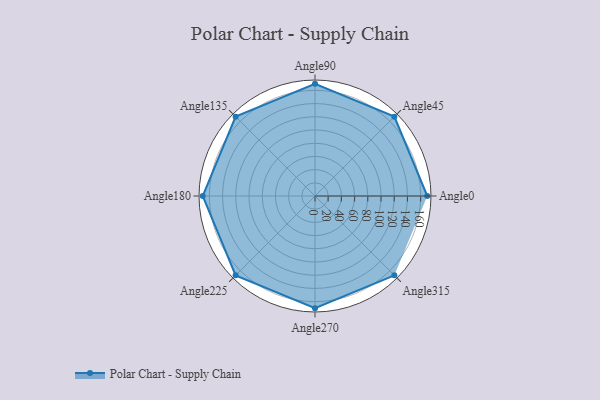
{"axis": {"x": "Angle", "y": "Radius"}, "legend": [""], "data": [{"x": "Angle0", "y": 170, "type": ""}, {"x": "Angle45", "y": 170, "type": ""}, {"x": "Angle90", "y": 170, "type": ""}, {"x": "Angle135", "y": 170, "type": ""}, {"x": "Angle180", "y": 170, "type": ""}, {"x": "Angle225", "y": 170.0, "type": ""}, {"x": "Angle270", "y": 170, "type": ""}, {"x": "Angle315", "y": 170, "type": ""}]}